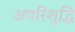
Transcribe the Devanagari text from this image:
अपरिशुद्धि